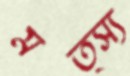
মত্স্য